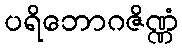
ပရိဘောဂဇိဏ္ဏံ